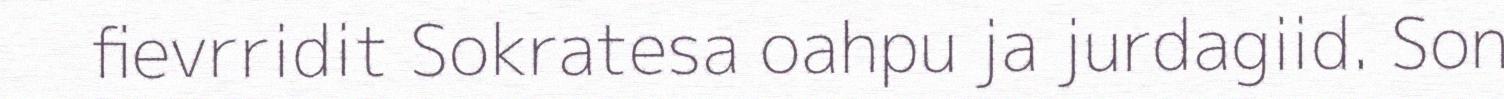
fievrridit Sokratesa oahpu ja jurdagiid. Son